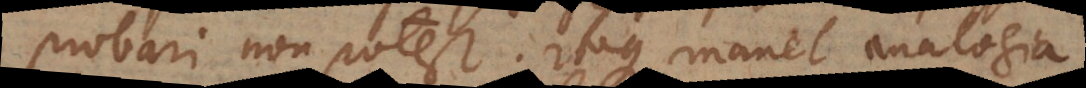
probari non potest. Itaque manet analogia.